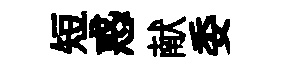
短惑献委